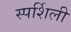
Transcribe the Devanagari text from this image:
स्पर्शिली